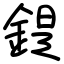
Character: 鍉